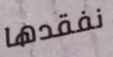
نفقدها